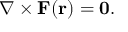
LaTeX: \nabla \times \mathbf { F } ( \mathbf { r } ) = \mathbf { 0 } { \mathrm { . } }